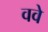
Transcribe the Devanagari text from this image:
ववे